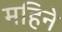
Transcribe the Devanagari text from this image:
महिनेे